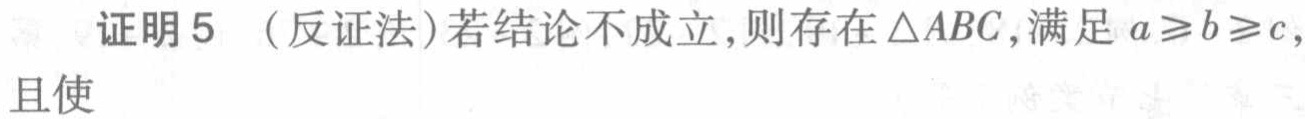
证明5 （反证法）若结论不成立，则存在$\triangle ABC$，满足$a\geqslant b\geqslant c$，且使